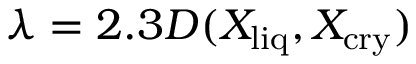
\lambda = 2 . 3 D ( X _ { \mathrm { l i q } } , X _ { \mathrm { c r y } } )